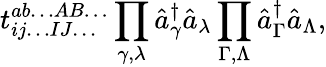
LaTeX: t_{ij\ldots IJ\ldots}^{ab\ldots AB\ldots}\prod_{\gamma,\lambda}\hat{a}_{\gamma}^{\dagger}\hat{a}_{\lambda}\prod_{\Gamma,\Lambda}\hat{a}_{\Gamma}^{\dagger}\hat{a}_{\Lambda},